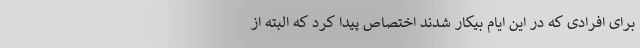
برای افرادی که در این ایام بیکار شدند اختصاص پیدا کرد که البته از